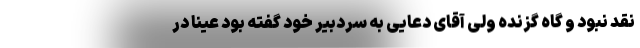
نقد نبود و گاه گزنده ولی آقای دعایی به سردبیر خود گفته بود عیناً در